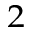
^ 2